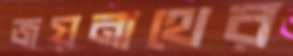
জয়নাথের